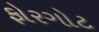
ફોરગોટ